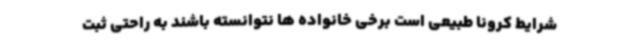
شرایط کرونا طبیعی است برخی خانواده ها نتوانسته باشند به راحتی ثبت